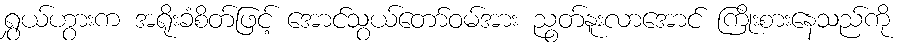
ရွှယ်ဟွားက အရိုးခံစိတ်ဖြင့် အောင်သွယ်တော်ဝမ်အား ညွတ်နူးလာအောင် ကြိုးစားနေသည်ကို